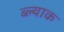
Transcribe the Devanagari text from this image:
ब्ल्याक